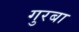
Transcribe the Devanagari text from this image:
गुरबा